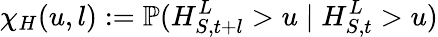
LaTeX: \chi_{H}(u,l):=\mathbb{P}(H_{S,t+l}^{L}>u\mid H_{S,t}^{L}>u)